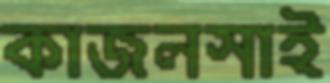
কাজলসাই